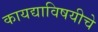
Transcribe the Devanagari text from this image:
कायद्याविषयीचे